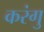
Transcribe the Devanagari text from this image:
करंगु